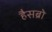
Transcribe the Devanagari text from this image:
हैसब्रो